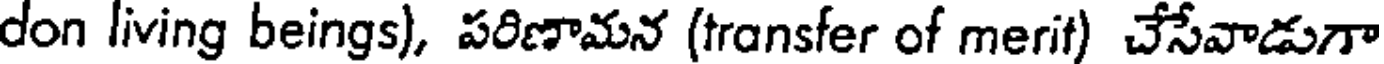
don living beings), పరిణామన (transfer of merit) చేసేవాడుగా